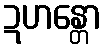
ဍဟန္တော